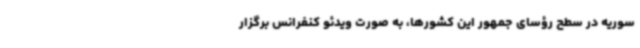
سوریه در سطح رؤسای جمهور این کشورها، به صورت ویدئو کنفرانس برگزار